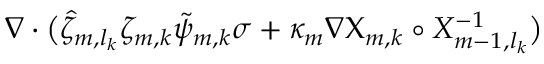
\begin{array} { r l } { \lefteqn { \nabla \cdot \bigl ( \hat { \zeta } _ { m , l _ { k } } \zeta _ { m , k } \tilde { \psi } _ { m , k } \sigma + \kappa _ { m } \nabla { \Chi } _ { m , k } \circ X _ { m - 1 , l _ { k } } ^ { - 1 } \bigr ) } \quad } & { { } } \end{array}